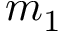
m _ { 1 }